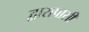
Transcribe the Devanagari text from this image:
द्वारापासी